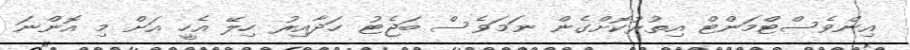
އިންވެސްޓްމަންޓް އިތުރުކޮށްގެން ނަމަވެސް ބަޖެޓު ހަދާއިރު ހިލޭ އެހީ އަށް މި އޮންނަ